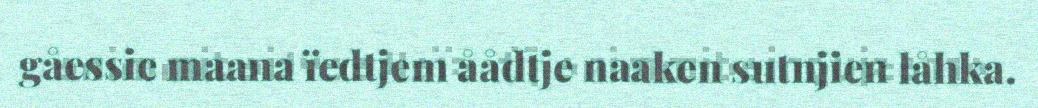
gåessie maana ïedtjem åådtje naaken sutnjien låhka.